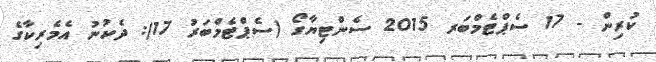
ކުރިން - 17 ސެޕްޓެމްބަރ 2015 ސެންޓިޔާގޯ (ސެޕްޓެމްބަރު 17): ދެކުނު އެމެރިކާގެ